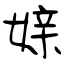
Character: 媇